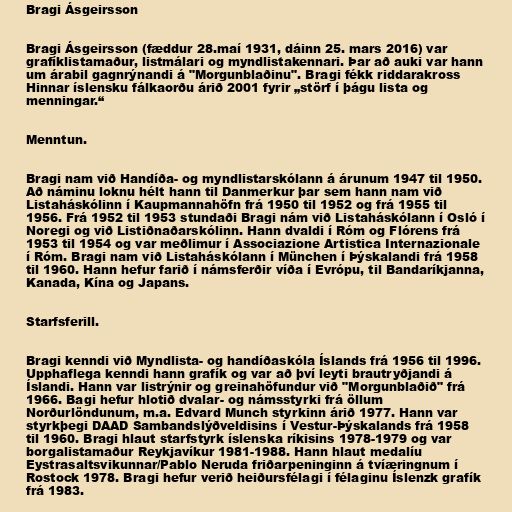
Bragi Ásgeirsson

Bragi Ásgeirsson (fæddur 28.maí 1931, dáinn 25. mars 2016) var
grafíklistamaður, listmálari og myndlistakennari. Þar að auki var hann
um árabil gagnrýnandi á "Morgunblaðinu". Bragi fékk riddarakross
Hinnar íslensku fálkaorðu árið 2001 fyrir „störf í þágu lista og
menningar.“

Menntun.

Bragi nam við Handíða- og myndlistarskólann á árunum 1947 til 1950.
Að náminu loknu hélt hann til Danmerkur þar sem hann nam við
Listaháskólinn í Kaupmannahöfn frá 1950 til 1952 og frá 1955 til
1956. Frá 1952 til 1953 stundaði Bragi nám við Listaháskólann í Osló í
Noregi og við Listiðnaðarskólinn. Hann dvaldi í Róm og Flórens frá
1953 til 1954 og var meðlimur í Associazione Artistica Internazionale
í Róm. Bragi nam við Listaháskólann í München í Þýskalandi frá 1958
til 1960. Hann hefur farið í námsferðir víða í Evrópu, til Bandaríkjanna,
Kanada, Kína og Japans.

Starfsferill.

Bragi kenndi við Myndlista- og handíðaskóla Íslands frá 1956 til 1996.
Upphaflega kenndi hann grafík og var að því leyti brautryðjandi á
Íslandi. Hann var listrýnir og greinahöfundur við "Morgunblaðið" frá
1966. Bagi hefur hlotið dvalar- og námsstyrki frá öllum
Norðurlöndunum, m.a. Edvard Munch styrkinn árið 1977. Hann var
styrkþegi DAAD Sambandslýðveldisins í Vestur-Þýskalands frá 1958
til 1960. Bragi hlaut starfstyrk íslenska ríkisins 1978-1979 og var
borgalistamaður Reykjavíkur 1981-1988. Hann hlaut medalíu
Eystrasaltsvikunnar/Pablo Neruda friðarpeninginn á tvíæringnum í
Rostock 1978. Bragi hefur verið heiðursfélagi í félaginu Íslenzk grafík
frá 1983.